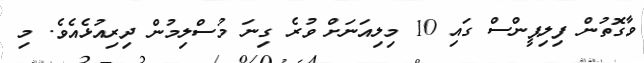
ވާގޮތުން ފިލިޕީންސް ގައި 10 މިލިއަނަށް ވުރެ ގިނަ މުސްލިމުން ދިރިއުޅެއެވެ. މި